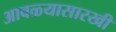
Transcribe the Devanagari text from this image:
आवळ्यासारखी